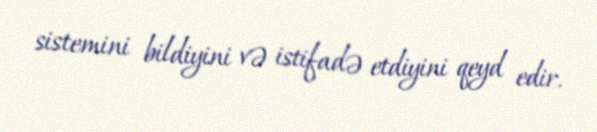
sistemini bildiyini və istifadə etdiyini qeyd edir.